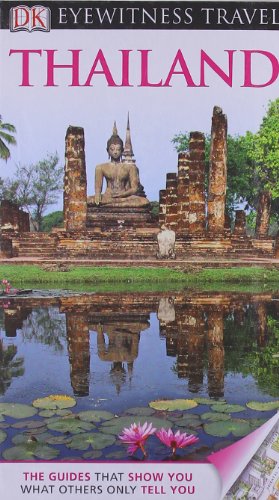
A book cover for DK Eyewitness Travel Guide: Thailand; Travel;